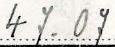
47.07